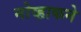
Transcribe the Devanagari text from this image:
नोव्हाकने